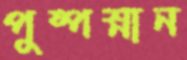
পুষ্পস্নান